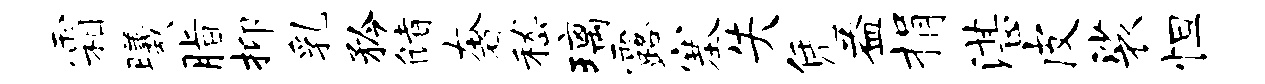
霜曦脂抑乳矜储奢嵇璃露塞失凭益捐湛皮裟怛